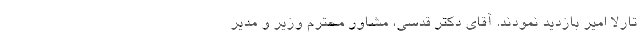
تارلا امیر بازدید نمودند. آقای دکتر قدسی، مشاور محترم وزیر و مدیر